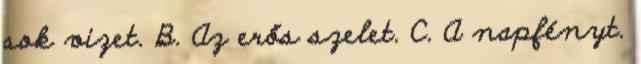
sok vizet. B. Az erős szelet. C. A napfényt.